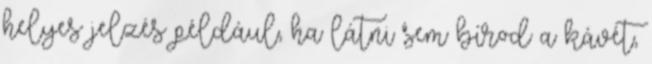
helyes jelzés például, ha látni sem bírod a kávét,